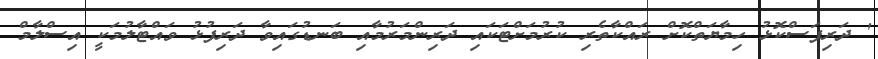
' ދަރިފަސްކޮޅު ހިމާޔަތްކޮށް ރައްކާތެރި ކުރުމަށްޓަކައި ދަރިންމަރުމާއި ބަނޑުގައިވާ ދަރިފުޅު ވައްޓާލުމަކީ އިސްލާމް